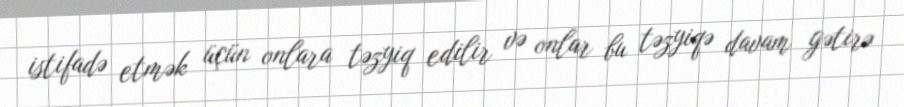
istifadə etmək üçün onlara təzyiq edilir və onlar bu təzyiqə davam gətirə